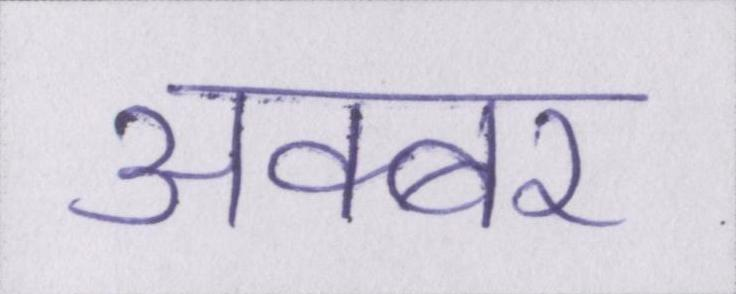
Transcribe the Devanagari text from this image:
अक्बर